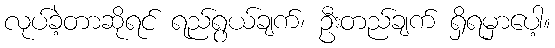
လုပ်ခဲ့တာဆိုရင် ရည်ရွယ်ချက်၊ ဦးတည်ချက် ရှိရမှာပေါ့။